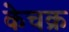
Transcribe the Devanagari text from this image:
केचक्र